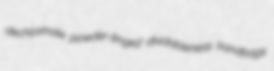
dechlorinate powder-tinged dividableness handbags